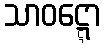
သာဝဋ္ဋော